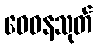
ဓေဝနသုတ်